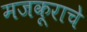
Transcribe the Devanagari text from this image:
मजकूराचे